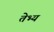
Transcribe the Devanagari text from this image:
तेभ्य